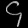
Digit: ၄